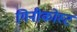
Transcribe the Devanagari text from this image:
गिनीकोस्ट